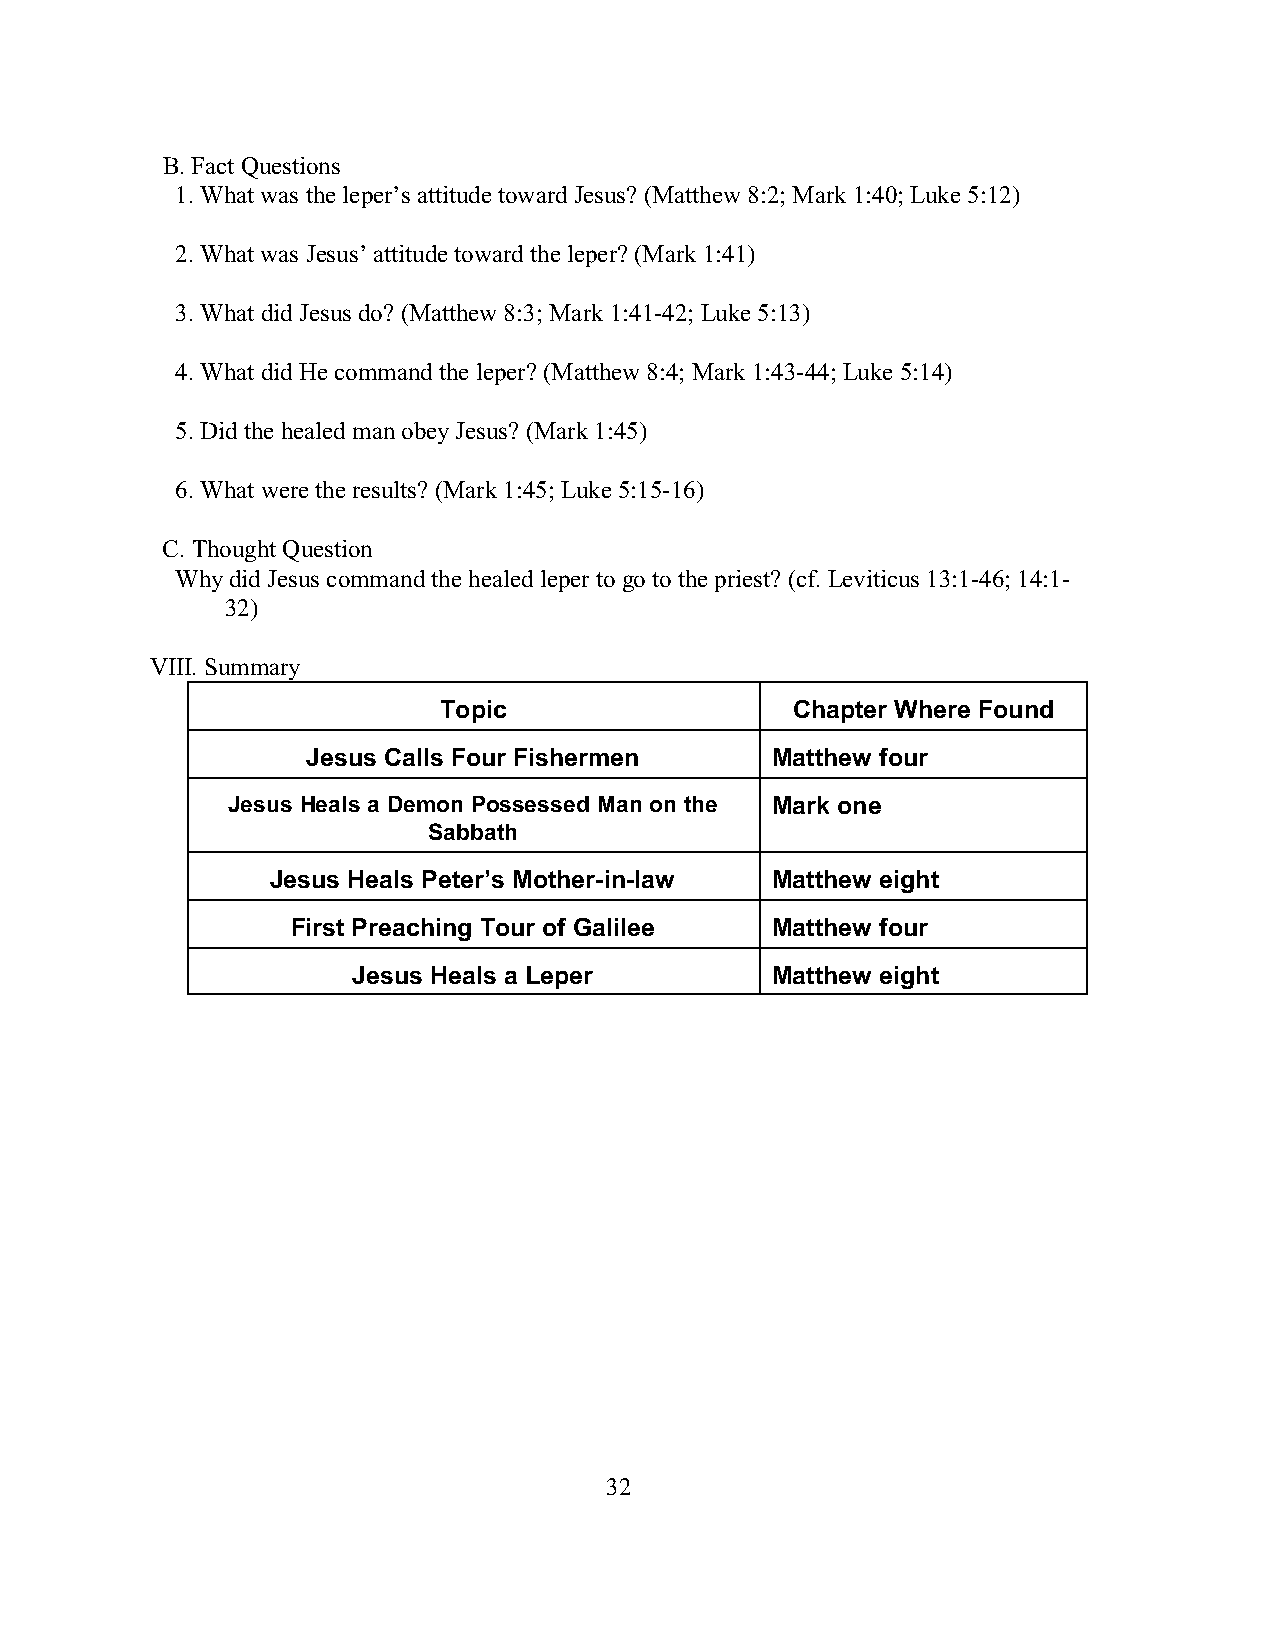
B. Fact Questions
 1. What was the leper’s attitude toward Jesus? (Matthew 8:2; Mark 1:40; Luke 5:12)
 2. What was Jesus’ attitude toward the leper? (Mark 1:41)
 3. What did Jesus do? (Matthew 8:3; Mark 1:41-42; Luke 5:13)
 4. What did He command the leper? (Matthew 8:4; Mark 1:43-44; Luke 5:14)
 5. Did the healed man obey Jesus? (Mark 1:45)
 6. What were the results? (Mark 1:45; Luke 5:15-16)
 C. Thought Question
 Why did Jesus command the healed leper to go to the priest? (cf. Leviticus 13:1-46; 14:1-
 32)
 VIII. Summary
 Topic                  Chapter Where Found
 Jesus Calls Four Fishermen     Matthew four
 Jesus Heals a Demon Possessed Man on the Mark one
 Sabbath
 Jesus Heals Peter’s Mother-in-law Matthew eight
 First Preaching Tour of Galilee Matthew four
 Jesus Heals a Leper         Matthew eight
 32